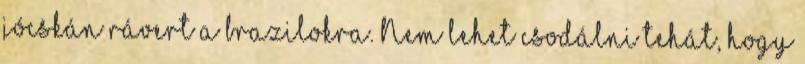
jócskán rávert a brazilokra. Nem lehet csodálni tehát, hogy